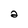
Character: 2